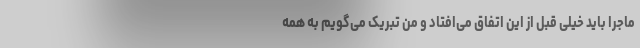
ماجرا باید خیلی قبل از این اتفاق می‌افتاد و من تبریک می‌گویم به همه